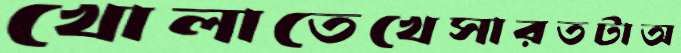
খোলাতেখেসারতটাঅ